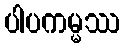
ပါပကမ္မဿ